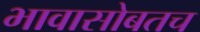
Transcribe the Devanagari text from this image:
भावासोबतच